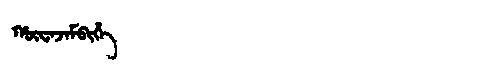
Manchu: ᡥᡡᠸᠠᠵᠠᠮᠪᡳᡥᡝ
Romanization: HŪWAJAMBIHE